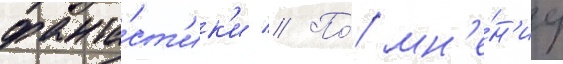
фанта́ст'ик'и // По́ мн'е́н'иу